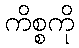
ကိစ္စကို